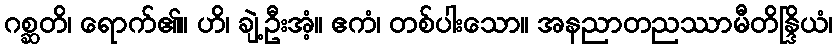
ဂစ္ဆတိ၊ ရောက်၏။ ဟိ၊ ချဲ့ဦးအံ့။ ဧကံ၊ တစ်ပါးသော။ အနညာတညဿာမီတိန္ဒြိယံ၊